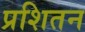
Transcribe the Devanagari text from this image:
प्रशितन